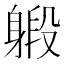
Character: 𨉨